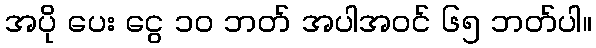
အပို ပေး ငွေ ၁၀ ဘတ် အပါအဝင် ၆၅ ဘတ်ပါ။